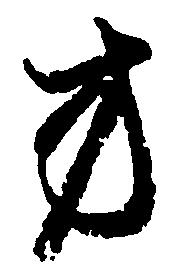
方